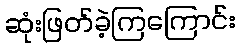
ဆုံးဖြတ်ခဲ့ကြကြောင်း